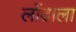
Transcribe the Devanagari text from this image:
लोंढाला